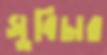
সুবিচার